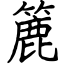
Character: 簏